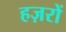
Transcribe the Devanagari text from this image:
हज़रों